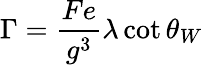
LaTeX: \Gamma=\frac{Fe}{g^{3}}\lambda\cot\theta_{W}